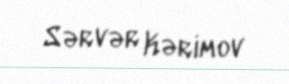
Sərvər Kərimov